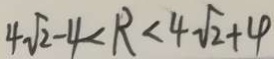
4 \sqrt { 2 } - 4 < R < 4 \sqrt { 2 } + 4